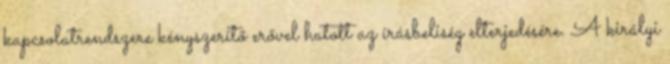
kapcsolatrendszere kényszerítő erővel hatott az írásbeliség elterjedésére. A királyi